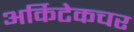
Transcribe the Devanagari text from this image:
अर्किटेकचर